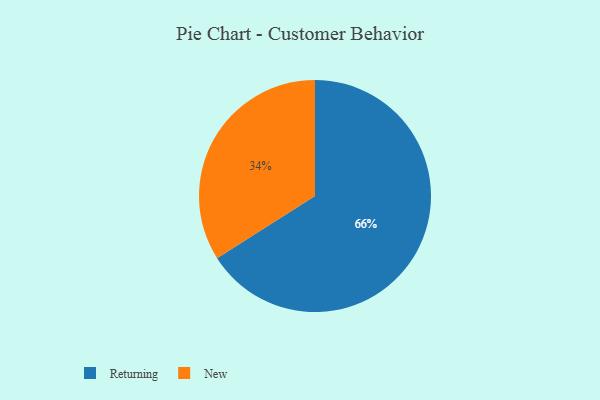
{"axis": {"x": "Category", "y": "Percentage"}, "legend": ["New", "Returning"], "data": [{"x": "New", "y": 34, "type": "New"}, {"x": "Returning", "y": 66, "type": "Returning"}]}